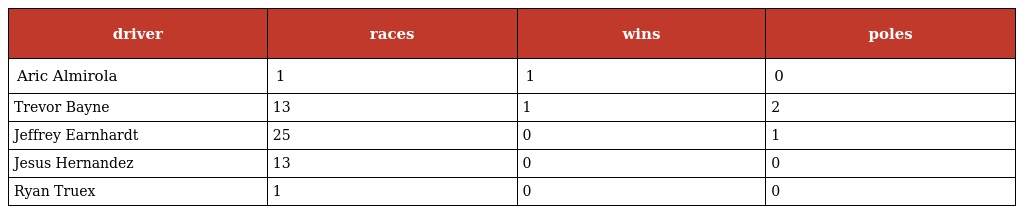
| driver | races | wins | poles |
 | --- | --- | --- | --- |
 | Aric Almirola | 1 | 1 | 0 |
 | Trevor Bayne | 13 | 1 | 2 |
 | Jeffrey Earnhardt | 25 | 0 | 1 |
 | Jesus Hernandez | 13 | 0 | 0 |
 | Ryan Truex | 1 | 0 | 0 |